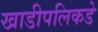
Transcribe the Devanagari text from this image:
खाडीपलिकडे